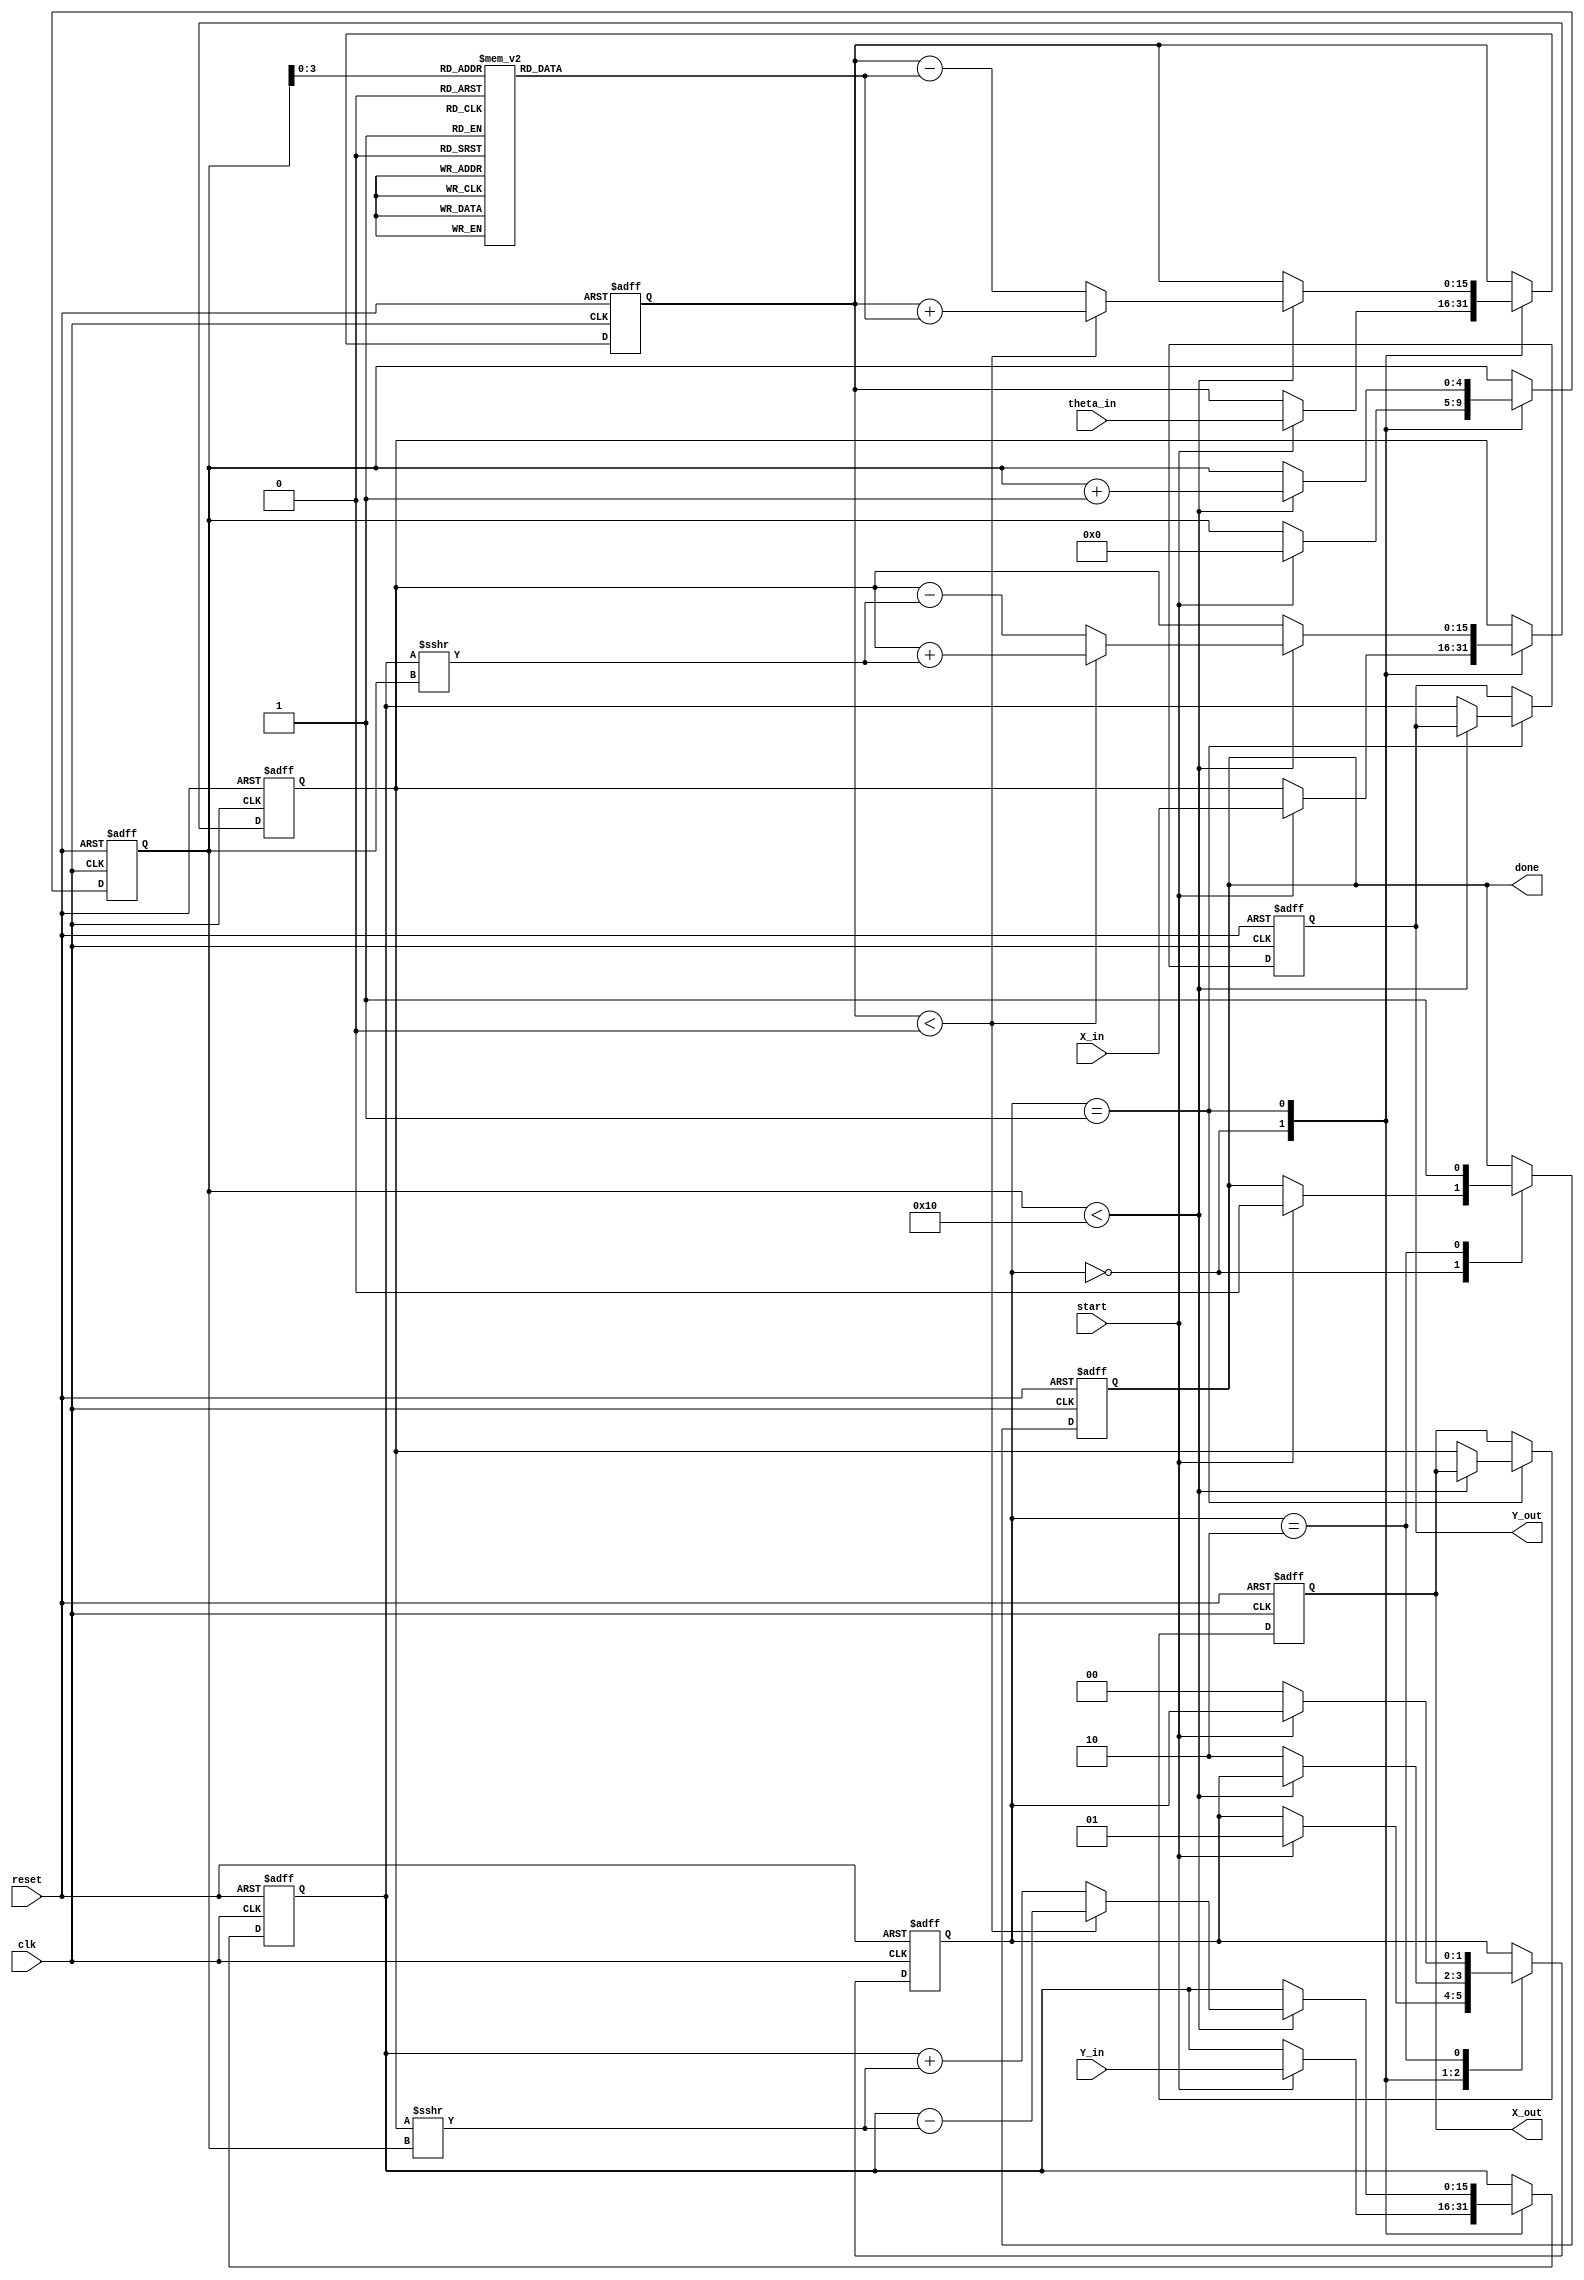
module cordic #(
    parameter N = 16,  // Number of iterations
    parameter WIDTH = 16 // Width of the fixed-point values
)(
    input wire clk,
    input wire reset,
    input wire start,
    input wire signed [WIDTH-1:0] X_in,  // Input X
    input wire signed [WIDTH-1:0] Y_in,  // Input Y
    input wire signed [WIDTH-1:0] theta_in, // Input angle
    output reg signed [WIDTH-1:0] X_out, // Output X
    output reg signed [WIDTH-1:0] Y_out, // Output Y
    output reg done // Operation done flag
);

    // Constants for arctangent values
    reg signed [WIDTH-1:0] atan_table [0:N-1];
    initial begin
        atan_table[0] = 16'h2000;  // atan(1) = /4 in fixed-point (1/4)
        atan_table[1] = 16'h1598;  // atan(0.5) in fixed-point
        atan_table[2] = 16'h0C90;  // atan(0.25) in fixed-point
        atan_table[3] = 16'h0642;  // atan(0.125) in fixed-point
        // Fill remaining atan values as necessary
    end

    // Internal registers
    reg signed [WIDTH-1:0] X_reg, Y_reg;
    reg signed [WIDTH-1:0] theta_reg;
    reg [4:0] counter; // loop counter
    reg [1:0] state;   // FSM state

    // State encoding
    localparam IDLE = 2'b00, COMPUTE = 2'b01, DONE = 2'b10;

    // Sequential logic for initialization and computation
    always @(posedge clk or posedge reset) begin
        if (reset) begin
            X_reg <= 0;
            Y_reg <= 0;
            theta_reg <= 0;
            X_out <= 0;
            Y_out <= 0;
            done <= 0;
            counter <= 0;
            state <= IDLE;
        end else begin
            case (state)
                IDLE: begin
                    if (start) begin
                        X_reg <= X_in;
                        Y_reg <= Y_in;
                        theta_reg <= theta_in;
                        counter <= 0;
                        state <= COMPUTE;
                        done <= 0;
                    end
                end

                COMPUTE: begin
                    // Perform CORDIC iteration
                    if (counter < N) begin
                        if (theta_reg < 0) begin
                            // Counterclockwise rotation
                            X_reg <= X_reg + (Y_reg >>> counter);
                            Y_reg <= Y_reg - (X_reg >>> counter);
                            theta_reg <= theta_reg + atan_table[counter];
                        end else begin
                            // Clockwise rotation
                            X_reg <= X_reg - (Y_reg >>> counter);
                            Y_reg <= Y_reg + (X_reg >>> counter);
                            theta_reg <= theta_reg - atan_table[counter];
                        end
                        counter <= counter + 1;
                    end else begin
                        // Finished iterations
                        X_out <= X_reg;
                        Y_out <= Y_reg;
                        state <= DONE;
                    end
                end

                DONE: begin
                    done <= 1;
                    if (!start) begin
                        state <= IDLE; // Reset to IDLE when start goes low
                    end
                end
            endcase
        end
    end
endmodule